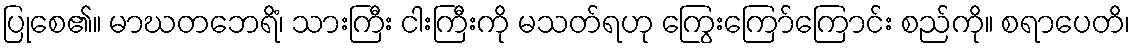
ပြုစေ၏။ မာဃတဘေရိံ၊ သားကြီး ငါးကြီးကို မသတ်ရဟု ကြွေးကြော်ကြောင်း စည်ကို။ စရာပေတိ၊